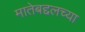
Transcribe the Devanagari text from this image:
मातेबद्दलच्या